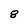
Character: 8